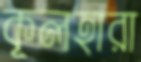
কূলহারা